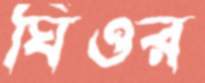
ঘিওর